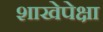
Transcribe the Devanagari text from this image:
शाखेपेक्षा